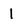
Character: 1